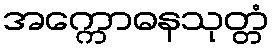
အက္ကောဓနသုတ္တံ